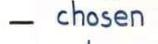
- chosen